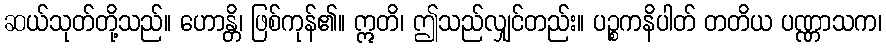
ဆယ်သုတ်တို့သည်။ ဟောန္တိ၊ ဖြစ်ကုန်၏။ ဣတိ၊ ဤသည်လျှင်တည်း။ ပဉ္စကနိပါတ် တတိယ ပဏ္ဏာသက၊